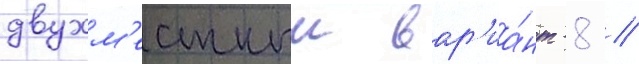
двухм'естныи вар'иа́нт -8 //